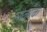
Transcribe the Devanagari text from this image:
सोजाक